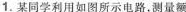
1.某同学利用如图所示电路，测量额